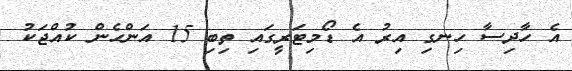
އެ ހާދިސާ ހިނގި އިރު އެ ޑޯމިޓަރީގައި ތިބި 15 އަންހެން ކުއްޖަކު